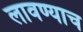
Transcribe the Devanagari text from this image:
लावण्याच